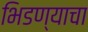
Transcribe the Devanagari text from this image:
भिडण्याचा